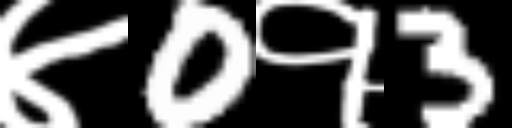
Text: ४0१3